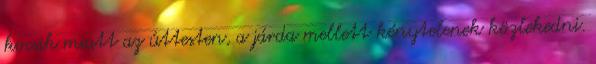
kocsik miatt az úttesten, a járda mellett kénytelenek közlekedni.